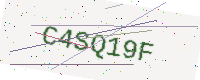
Text: C4SQ19F